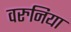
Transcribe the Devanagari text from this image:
वरुनिया